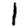
Digit: 1